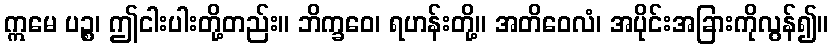
ဣမေ ပဉ္စ၊ ဤငါးပါးတို့တည်း။ ဘိက္ခဝေ၊ ရဟန်းတို့။ အတိဝေလံ၊ အပိုင်းအခြားကိုလွန်၍။